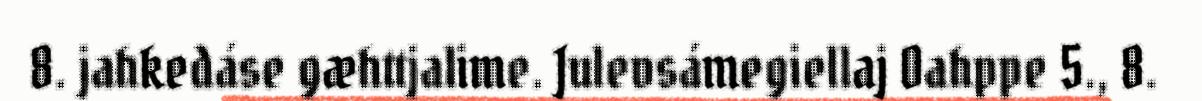
8. jahkedáse gæhttjalime. Julevsámegiellaj Oahppe 5., 8.